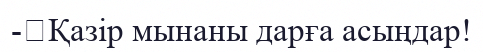
-	Қазір мынаны дарға асыңдар!